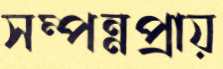
সম্পন্নপ্রায়